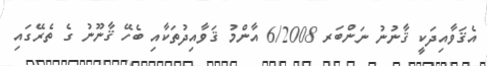
އެޤަވާއިދަކީ ޤާނުނު ނަންބަރ 6/2008 އާންމު ޤަވާއިދުތަކާއި ބެހޭ ޤާނޫނު ގެ ތެރޭގައި